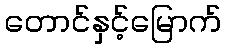
တောင်နှင့်မြောက်